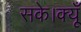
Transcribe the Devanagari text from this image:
सके।क्यूँ